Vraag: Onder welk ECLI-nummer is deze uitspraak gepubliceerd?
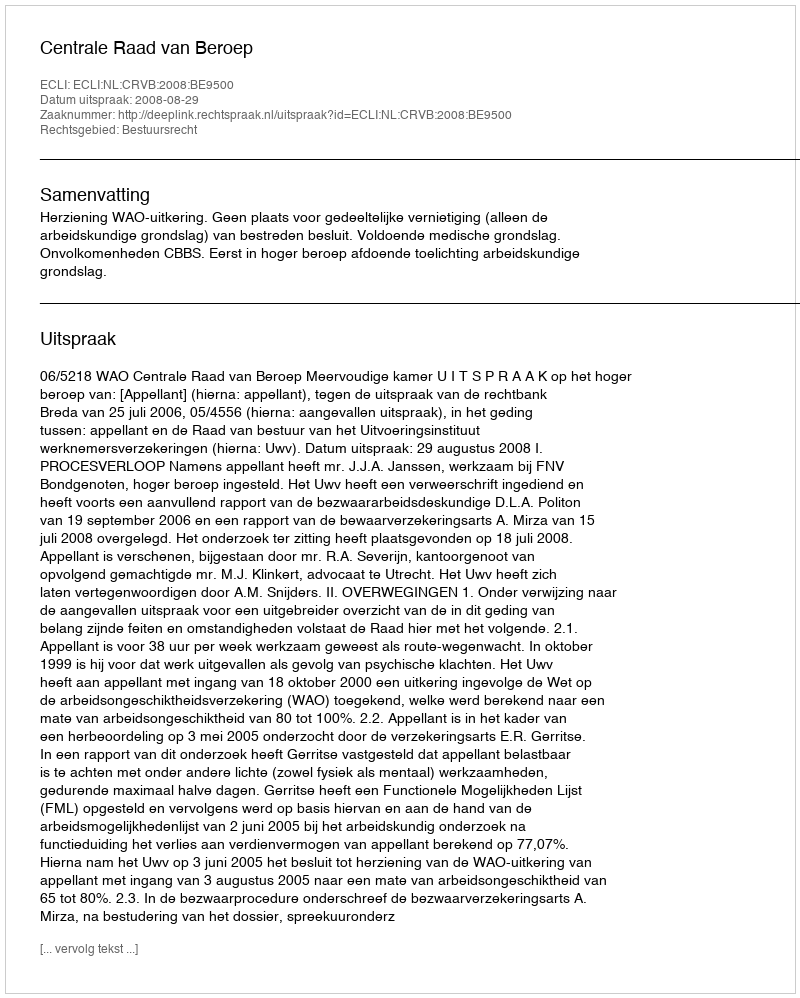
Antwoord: ECLI:NL:CRVB:2008:BE9500